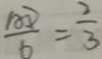
\frac { A D } { 6 } = \frac { 2 } { 3 }